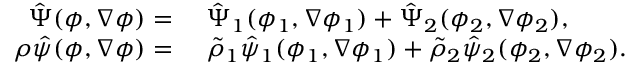
\begin{array} { r l } { \hat { \Psi } ( \phi , \nabla \phi ) = } & { ~ \hat { \Psi } _ { 1 } ( \phi _ { 1 } , \nabla \phi _ { 1 } ) + \hat { \Psi } _ { 2 } ( \phi _ { 2 } , \nabla \phi _ { 2 } ) , } \\ { \rho \hat { \psi } ( \phi , \nabla \phi ) = } & { ~ \tilde { \rho } _ { 1 } \hat { \psi } _ { 1 } ( \phi _ { 1 } , \nabla \phi _ { 1 } ) + \tilde { \rho } _ { 2 } \hat { \psi } _ { 2 } ( \phi _ { 2 } , \nabla \phi _ { 2 } ) . } \end{array}